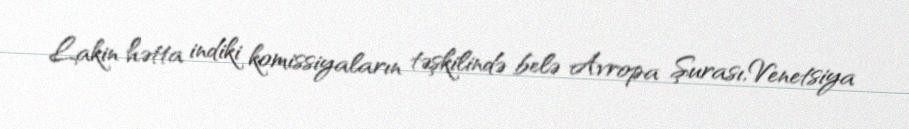
Lakin hətta indiki komissiyaların təşkilində belə Avropa Şurası,Venetsiya